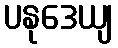
ပနုဒေယျ